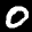
Label: 0